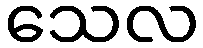
သေလ